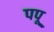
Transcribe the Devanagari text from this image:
पपू